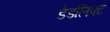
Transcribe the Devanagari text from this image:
डेडलिफ्ट